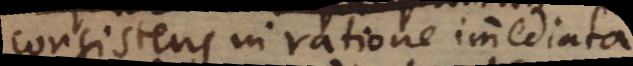
consistens in ratione immediata